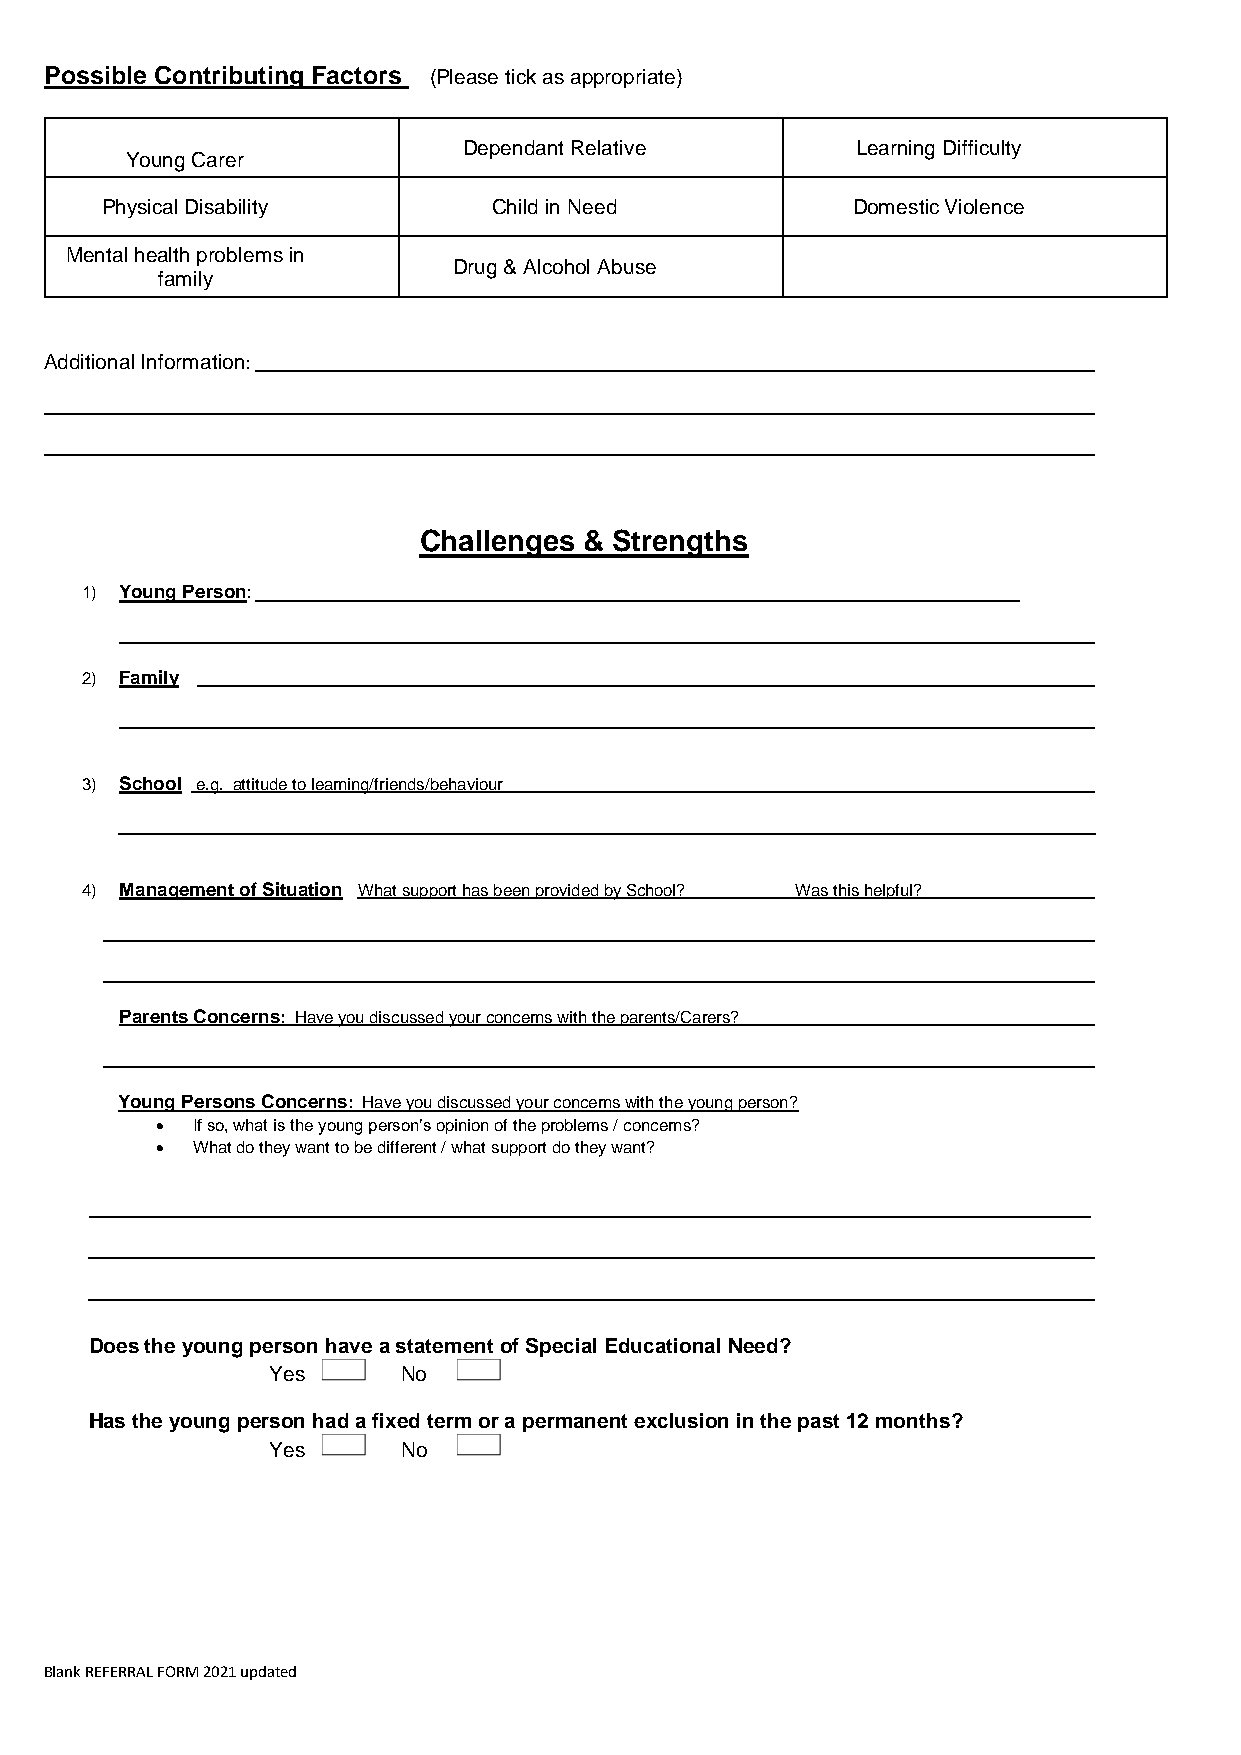
Possible Contributing Factors (Please tick as appropriate)
 Dependant Relative        Learning Difficulty
 Young Carer
 Physical Disability       Child in Need          Domestic Violence
 Mental health problems in
 Drug & Alcohol Abuse
 family
 Additional Information:
 Challenges & Strengths
 1) Young Person:
 2) Family
 3) School e.g. attitude to learning/friends/behaviour
 4) Management of Situation What support has been provided by School? Was this helpful?
 Parents Concerns: Have you discussed your concerns with the parents/Carers?
 Young Persons Concerns: Have you discussed your concerns with the young person?
   If so, what is the young person’s opinion of the problems / concerns?
   What do they want to be different / what support do they want?
 ____________________________________________________________________________________________________________
 Does the young person have a statement of Special Educational Need?
 Yes      No
 Has the young person had a fixed term or a permanent exclusion in the past 12 months?
 Yes      No
 Blank REFERRAL FORM 2021 updated